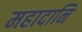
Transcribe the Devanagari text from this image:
महादानि